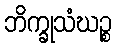
ဘိက္ခုသံဃဉ္စ